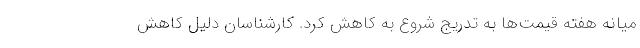
میانه هفته قیمت‌ها به تدریج شروع به کاهش کرد. کارشناسان دلیل کاهش